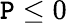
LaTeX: \mathtt{P}\leq0